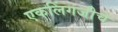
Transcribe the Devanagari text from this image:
एकलिंगजीचे